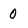
Character: 0